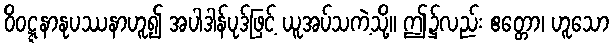
ဝိဝဋ္ဋနာနုပဿနာဟူ၍ အပါဒါန်ပုဒ်ဖြင့် ယူအပ်သကဲ့သို့။ ဤ၌လည်း ဧတ္တော၊ ဟူသော